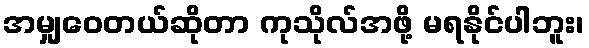
အမျှဝေတယ်ဆိုတာ ကုသိုလ်အဖို့ မရနိုင်ပါဘူး၊